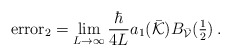
\begin{align*}{\rm error}_2= \lim_{L\rightarrow\infty}\frac{\hbar}{4L}{a_1(\bar{\cal K})} B_{\bar{\cal V}}(\textstyle\frac{1}{2})\,.\end{align*}